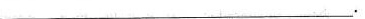
___.